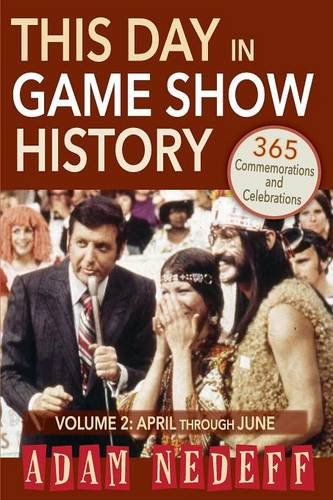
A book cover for This Day in Game Show History- 365 Commemorations and Celebrations, Vol. 2: April Through June; Adam Nedeff; Humor & Entertainment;